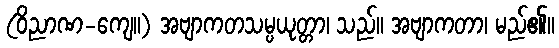
(ဝိညာဏ-ကျေ။) အဗျာကတသမ္ပယုတ္တာ၊ သည်။ အဗျာကတာ၊ မည်၏။